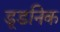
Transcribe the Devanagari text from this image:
डूडनिक